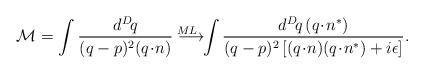
LaTeX: \begin{align*}{\cal M} = \int \frac{d^D\! q}{(q-p)^2 (q\!\cdot\! n)} \longrightarrow^{\!\!\!\!\!\!\!\!\!\!\!\!\!\! ML} \int \frac{d^D\! q \, (q\!\cdot\!n^*)}{(q-p)^2 \left[(q\!\cdot\! n) (q\!\cdot\! n^*) +i\epsilon\right]}.\end{align*}